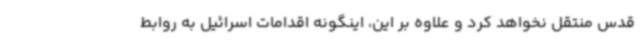
قدس منتقل نخواهد کرد و علاوه بر این، اینگونه اقدامات اسرائیل به روابط